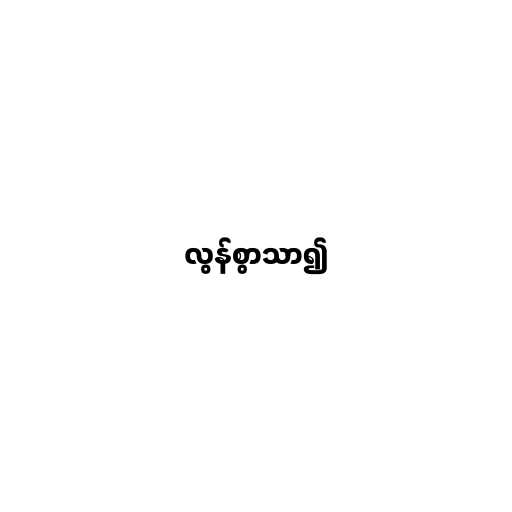
လွန်စွာသာ၍